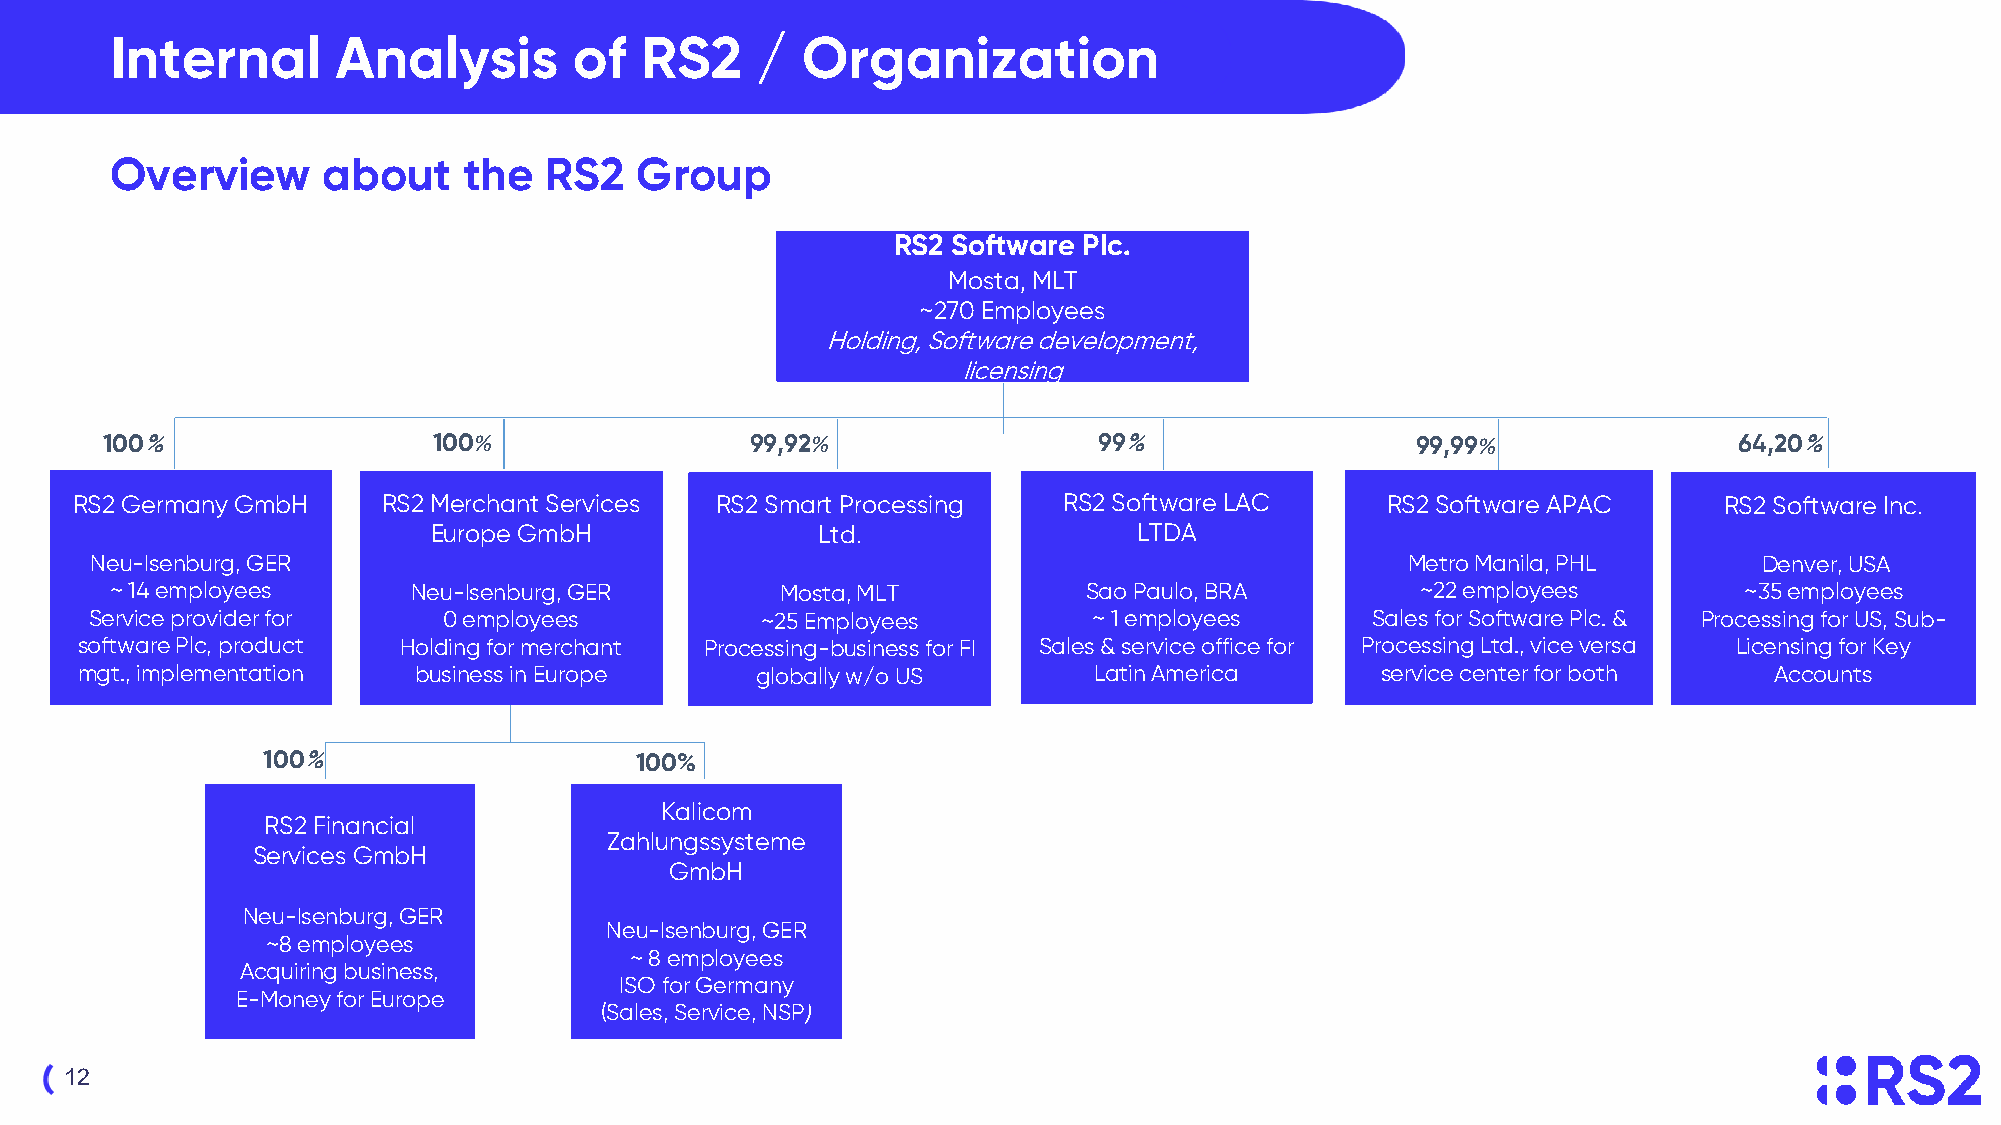
Internal       Analysis        of  RS2     /  Organization
 Overview      about     the  RS2   Group
 RS2 Software Plc.
 Mosta, MLT
 ~270 Employees
 Holding, Software development,
 licensing
 100%                  100%                 99,92%                 99%                  99,99%               64,20%
 RS2 Germany GmbH    RS2 Merchant Services RS2 Smart Processing   RS2 Software LAC      RS2 Software APAC     RS2 Software Inc.
 Europe GmbH               Ltd.                 LTDA
 Neu-Isenburg, GER                                                                      Metro Manila, PHL       Denver, USA
 ~ 14 employees      Neu-Isenburg, GER        Mosta, MLT          Sao Paulo, BRA        ~22 employees        ~35 employees
 Service provider for   0 employees          ~25 Employees         ~ 1 employees      Sales for Software Plc. & Processing for US, Sub-
 software Plc, product Holding for merchant Processing-business for FI Sales & service office for Processing Ltd., vice versa Licensing for Key
 mgt., implementation  business in Europe     globally w/o US       Latin America      service center for both   Accounts
 100%                     100%
 Kalicom
 RS2 Financial
 Zahlungssysteme
 Services GmbH
 GmbH
 Neu-Isenburg, GER
 Neu-Isenburg, GER
 ~8 employees
 ~ 8 employees
 Acquiring business,
 ISO for Germany
 E-Money for Europe
 (Sales, Service, NSP)
 12